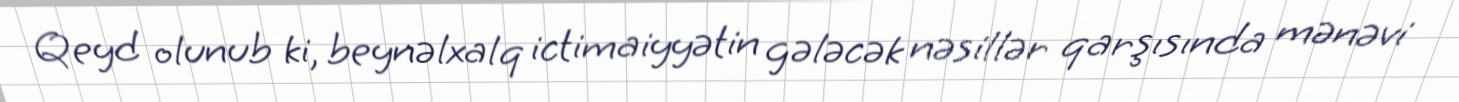
Qeyd olunub ki, beynəlxalq ictimaiyyətin gələcək nəsillər qarşısında mənəvi